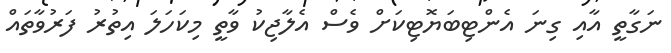
ނަގާތީ އާއި ގިނަ އެންޓިބަޔޮޓިކަށް ވެސް އެލާޖިކު ވާތީ މިކަހަލަ އިތުރު ފަރުވާތައް